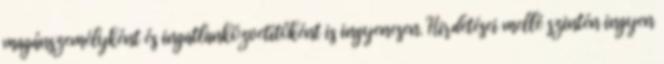
magánszemélyként és ingatlanközvetítőként is ingyenesen. Hirdetései mellé szintén ingyen